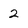
Character: 2